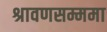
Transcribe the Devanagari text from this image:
श्रावणसम्ममा